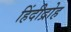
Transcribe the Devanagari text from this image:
हिंदीद्रोह